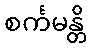
စင်္ကမန္တိ